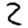
Digit: 2